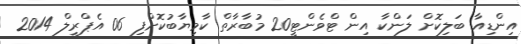
އިންޑިއާ ބަލިކޮށް ލަންކާ އިން ޓްވެންޓީ20 މުބާރާތް ކާމިޔާބުކޮށްފި 06 އެޕްރީލް 2014